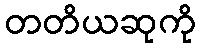
တတိယဆုကို